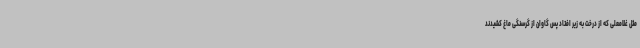
مثل غلامعلی که از درخت به زیر افتاد پس گاوان از گرسنگی ماغ کشیدند